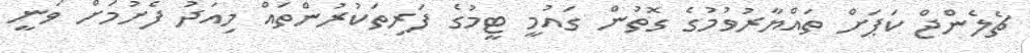
ޗެލެންޖް ކަޕަށް ތައްޔާރުވުމުގެ ގޮތުން ގައުމީ ޓީމުގެ ފަރިތަކުރުންތައް މިއަދު ފެށުމަށް ވަނީ